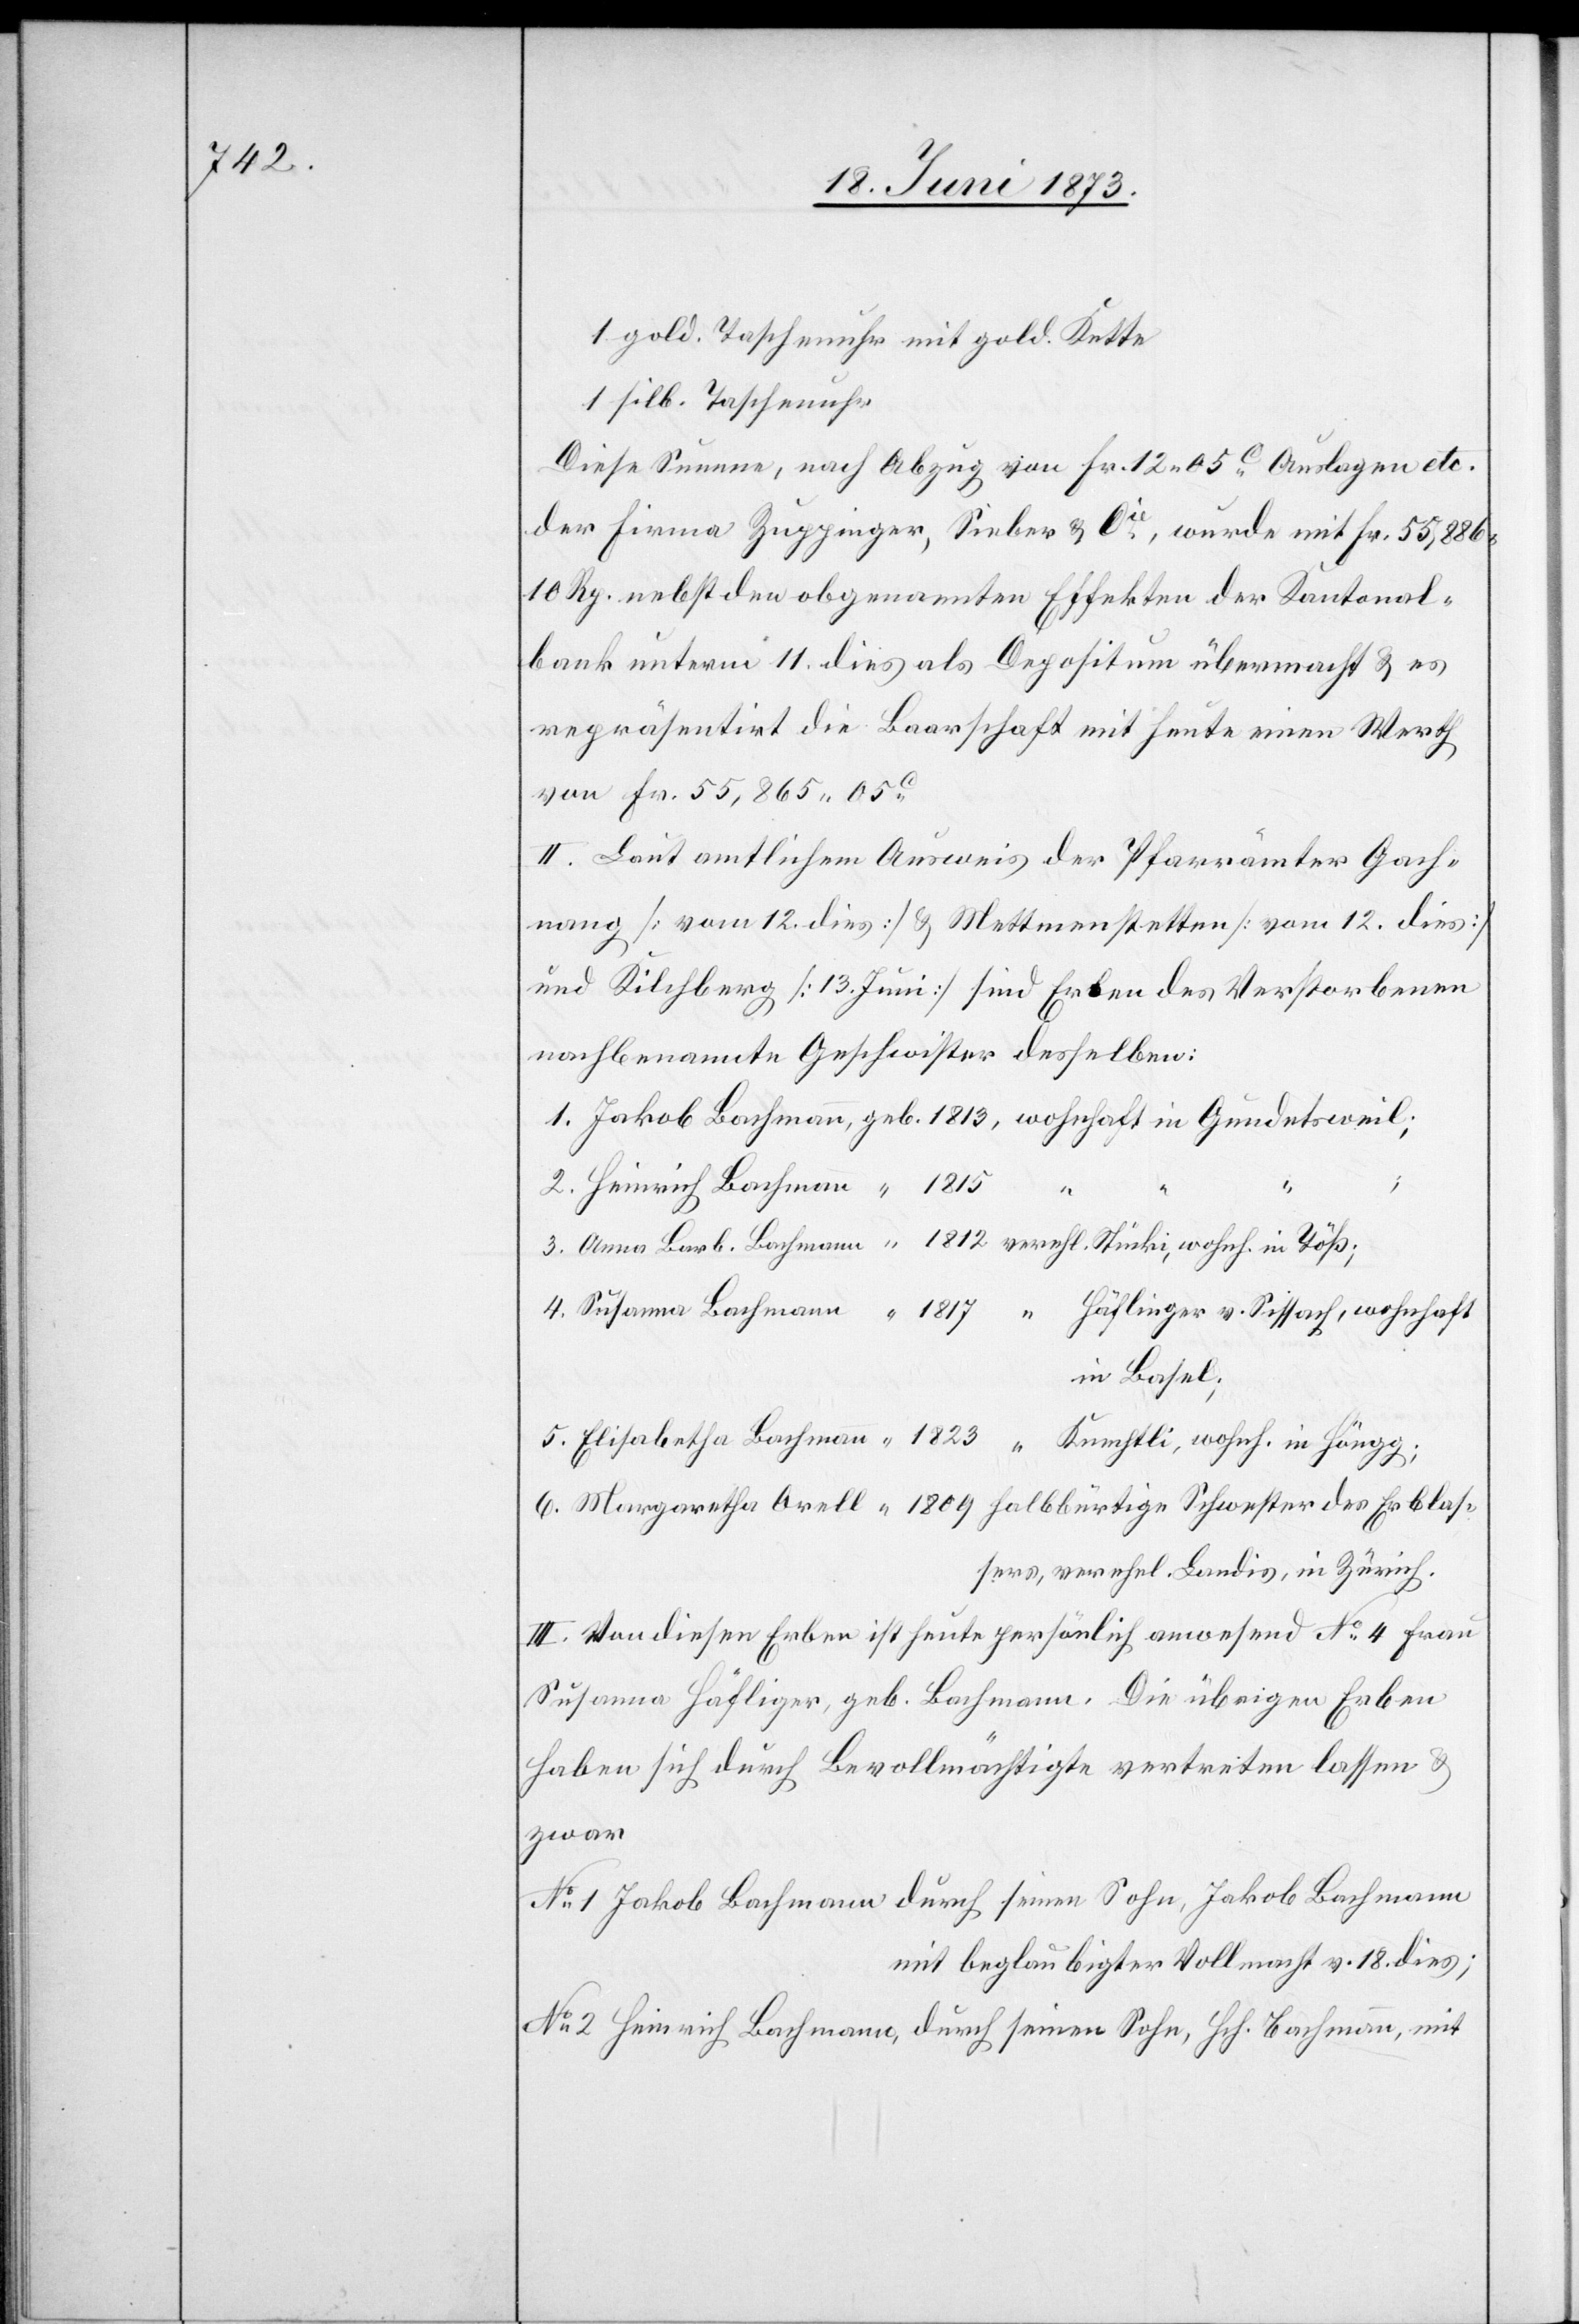
1823

1 gold. Taschenuhr mit gold. Kette
1 silb. Taschenuhr
Diese Summe, nach Abzug von Fr. 12 05c Auslagen etc.
der Firma Zuppinger, Sieber & Cie, wurde mit Fr. 55,886
10 Rp. nebst den obgenannten Effekten der Kantonal¬
bank unterm 11. dies als Depositum übermacht & es
repräsentirt die Baarschaft mit Heute einen Werth
von Fr. 55,865 05c
II. Laut amtlichem Ausweis der Pfarrämter Gach¬
nang [vom 12. dies] & Mettmenstetten [vom 12. dies]
und Kilchberg [13. Juni] sind Erben des Verstorbenen
nachbenannte Geschwister desselben:
“
6.
1.
2.
Häflinger v. Sissach, wohnhaft
Erblas¬
in Basel;
sers, verehel. Landis, in Zürich.
II. Von diesen Erben ist heute persönlich anwesend No 4 Frau
Susanna Häfliger, geb. Bachmann. Die übrigen Erben
haben sich durch Bevollmächtigte vertreten lassen &
zwar
No 1 Jakob Bachmann durch seinen Sohn, Jakob Bachmann
mit beglaubigter Vollmacht v. 18. dies;
No 2 Heinrich Bachmann, durch seinen Sohn, Hch. Bachmann, mit